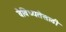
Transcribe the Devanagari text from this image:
वैविध्यतेसाठी